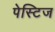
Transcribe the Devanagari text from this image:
पेस्टिज